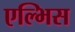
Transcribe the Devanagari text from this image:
एल्भिस